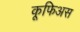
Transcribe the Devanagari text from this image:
कूफिअस